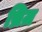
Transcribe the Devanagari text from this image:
थ्रिज़